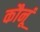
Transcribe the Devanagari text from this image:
कौनूं